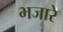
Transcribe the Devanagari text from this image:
भजारे